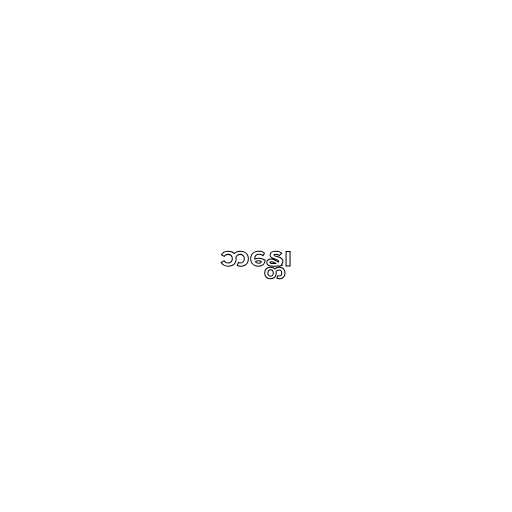
ဘန္တေ၊